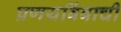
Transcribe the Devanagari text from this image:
प्रणयबिंबाची